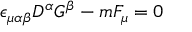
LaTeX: \epsilon _ { \mu \alpha \beta } D ^ { \alpha } G ^ { \beta } - m F _ { \mu } = 0